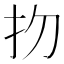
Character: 𢩶